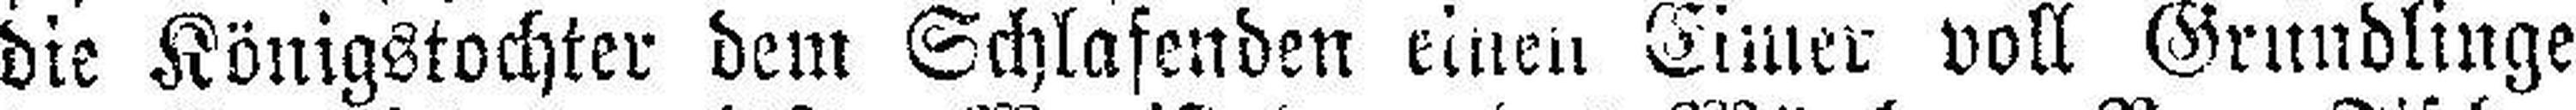
die Königstochter dem Schlafenden einen Eimer voll Gründlinge